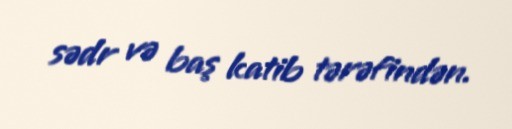
sədr və baş katib tərəfindən.